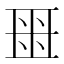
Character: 𬻟